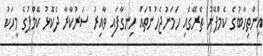
އިންތިހާބުގެ ކެމްޕޭނު ތެރޭގައި ހަމަނުޖެހުންތައް ހިނގާފައި ވާއިރު ސަރުކާރާ ދެކޮޅު ކޭމްޕުގެ މީހަކު